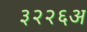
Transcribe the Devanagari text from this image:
३२२६अ